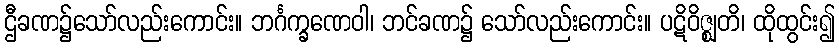
ဌီခဏ၌သော်လည်းကောင်း။ ဘင်္ဂက္ခဏေဝါ၊ ဘင်ခဏ၌ သော်လည်းကောင်း။ ပဋိဝိဇ္ဈတိ၊ ထိုထွင်း၍